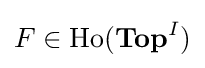
F\in {\text{Ho}}({\textbf {Top}}^{I})